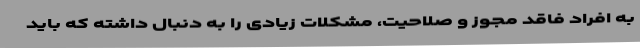
به افراد فاقد مجوز و صلاحیت، مشکلات زیادی را به دنبال داشته که باید